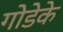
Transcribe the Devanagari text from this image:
गोडेके